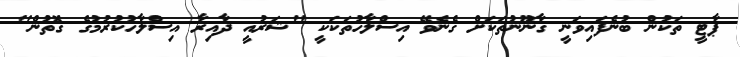
ޕާޓީ ތަކުން ބުނެފައިވަނީ ގާނޫނުތަކަށް ގެނެވޭ އިސްލާހުތަކަކީ "ޝަރުއީ ދާއިރާ އިސްލާހުކުރުމުގެ ގޮތުން"